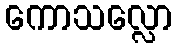
ကောသလ္လော